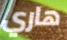
هاري